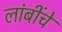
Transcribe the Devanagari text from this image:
लांबींचे